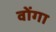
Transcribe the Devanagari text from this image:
वोंगा